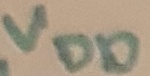
Text: VDD